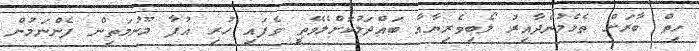
ހިތް ބާރަށް ތެޅެމުންދާއިރު ލޯބިވެރިޔާއާ ބައްދަލުކޮށްލެވޭތީ ވެފައި ހުރި އުފާ މޫނުމަތިން ފެންނަމުން